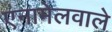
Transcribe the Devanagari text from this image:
एनामेलवाले